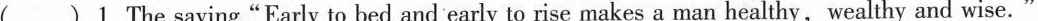
() 1. The saying"Early to bed and early to rise makes a man healthy, wealthy and wise. "